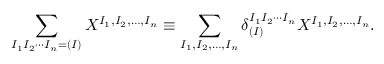
\sum _ { I _ { 1 } I _ { 2 } \cdots I _ { n } = ( I ) } X ^ { I _ { 1 } , I _ { 2 } , \ldots , I _ { n } } \equiv \sum _ { I _ { 1 } , I _ { 2 } , \ldots , I _ { n } } \delta _ { ( I ) } ^ { I _ { 1 } I _ { 2 } \cdots I _ { n } } X ^ { I _ { 1 } , I _ { 2 } , \ldots , I _ { n } } .